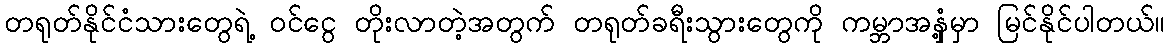
တရုတ်နိုင်ငံသားတွေရဲ့ ဝင်ငွေ တိုးလာတဲ့အတွက် တရုတ်ခရီးသွားတွေကို ကမ္ဘာအနှံ့မှာ မြင်နိုင်ပါတယ်။